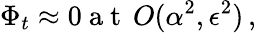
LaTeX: \Phi_{t}\approx 0\mathrm{~a~t~}\, O(\alpha^{2},\epsilon^{2})\, ,